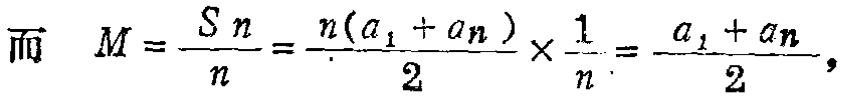
而 $M = \frac{S_n}{n}=\frac{n(a_1 + a_n)}{2}\times\frac{1}{n}=\frac{a_1 + a_n}{2},$